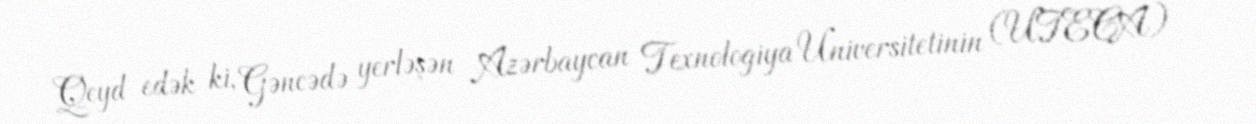
Qeyd edək ki, Gəncədə yerləşən Azərbaycan Texnologiya Universitetinin (UTECA)